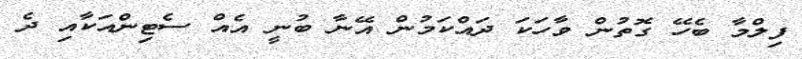
ފިލްމާ ބެހޭ ގޮތުން ވާހަކަ ދައްކަމުން އޭނާ ބުނީ އެއް ސެޓިންއަކާއި ދެ